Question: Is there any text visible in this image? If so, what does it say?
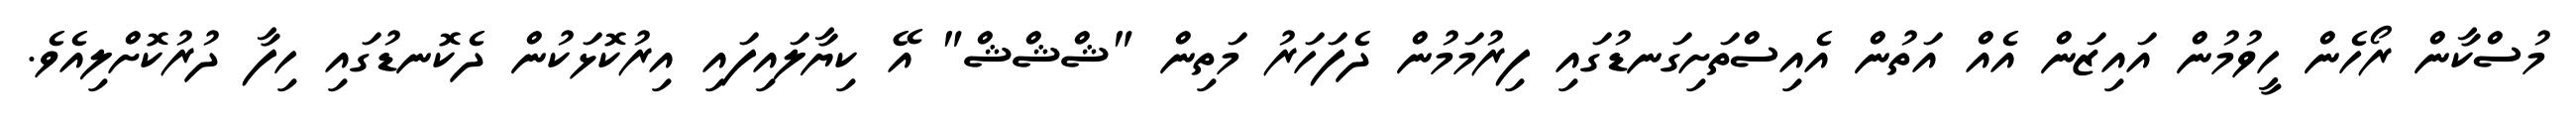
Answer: މުސްކާން ރޯހެން ހީވުމުން އައިޒަން އެއް އަތުން އެއިސްތަށިގަނޑުގައި ފިރުމަމުން ދެފަހަރު މަތިން "ޝްޝްޝް" އޭ ކިޔާލައިފައި އިރުކޮޅަކުން ދެކޮނޑުގައި ހިފާ ދުރުކޮށްލިއެވެ.